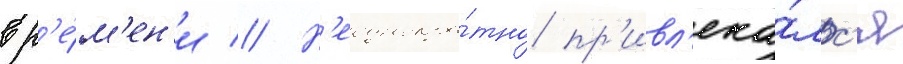
вр'е́м'ен'и // Н'еоднокра́тно пр'ивл'ека́лс'я